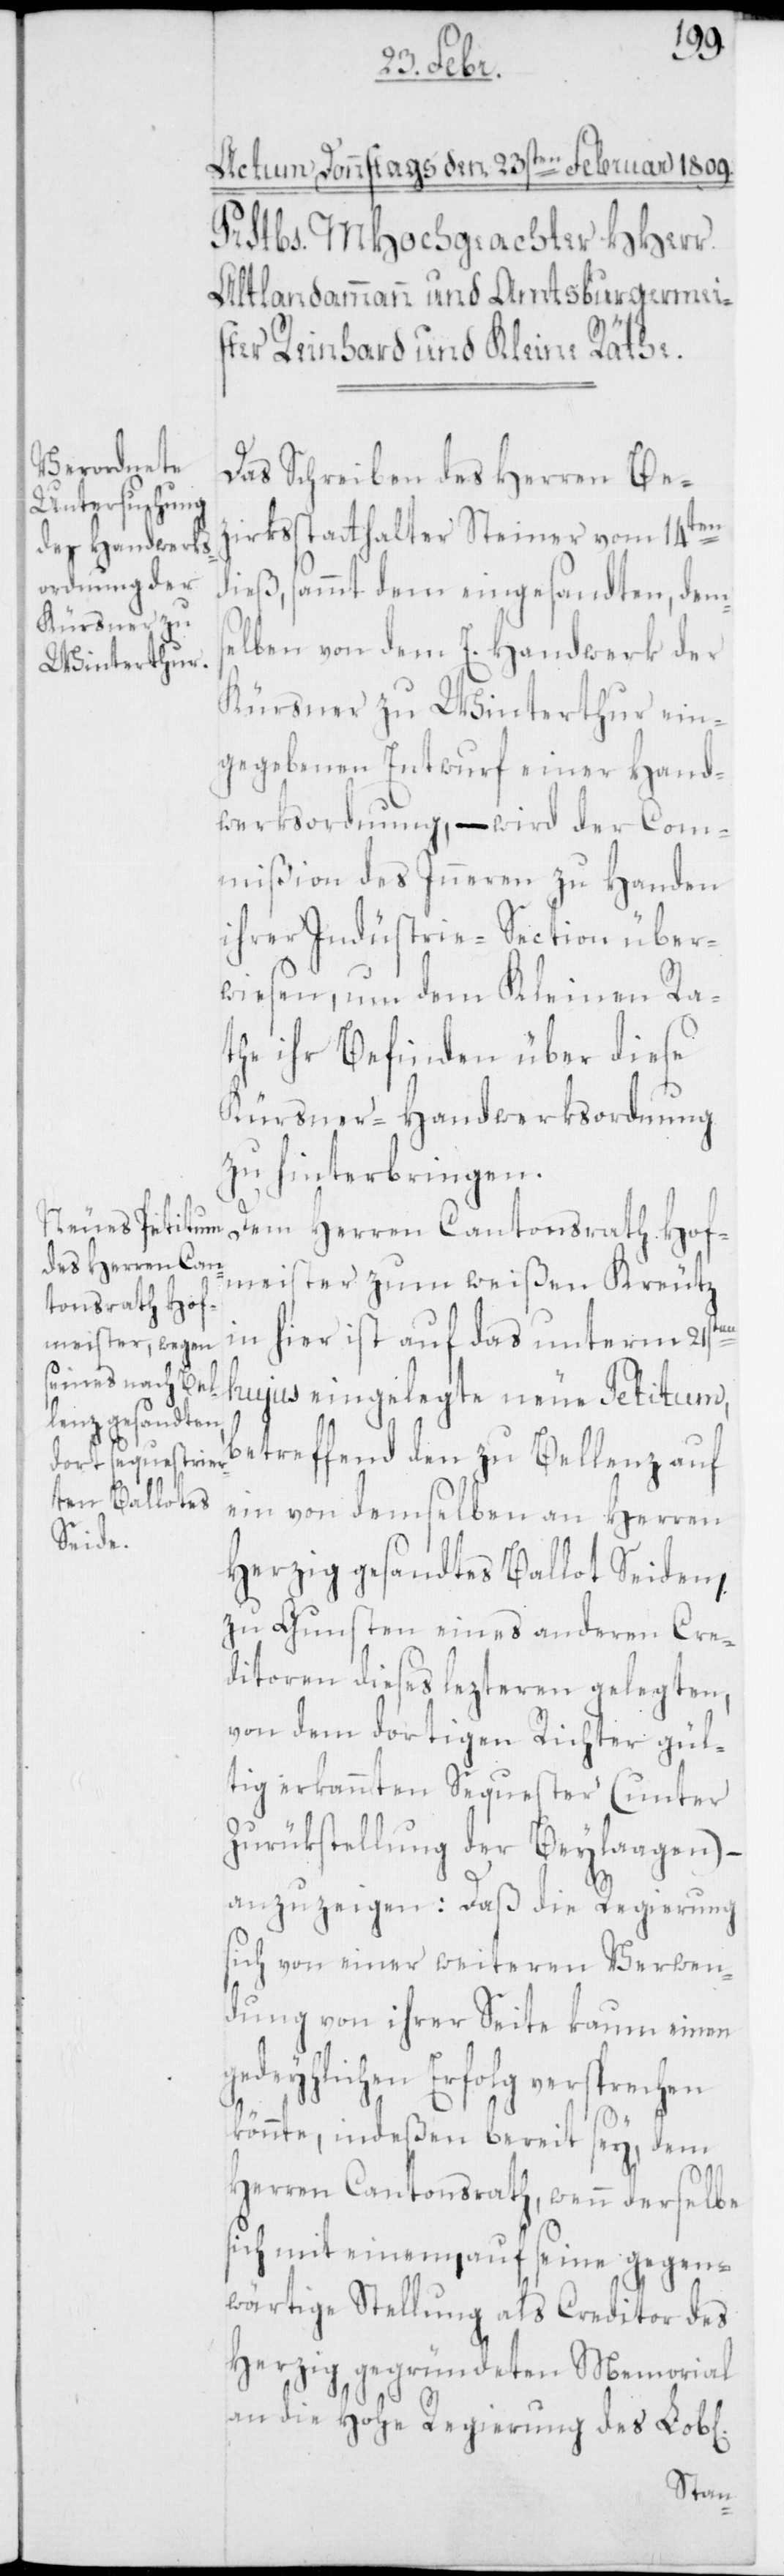
Das Schreiben des Herren Bez¬
irksstatthalter Steiner vom 14ten
dieß, sammt dem eingesandten, dems¬
elben von dem E. Handwerk der
Kürsner zu Winterthur ein¬
gegebenen Entwurf einer Hand¬
werksordnung, – wird der Com¬
mißion des Inneren zu Handen
ihrer Industrie-Section über¬
wiesen, um den Kleinen Ra¬
the ihr Befinden über diese
Kürsner-Handwerksordnung
zu hinterbringen.
Dem Herren Cantonsrath Hof¬
meister zum weissen Kreuz
in hier, ist auf das unterm 21sten
hujus eingelegte neue Petitum,
betreffend den zu Bellenz auf
ein von demselben an Herren
Herzig gesandtes Ballot Seiden,
zu Gunsten eines anderen Cre¬
ditoren dieses lezteren gelegten,
von dem dortigen Richter gül¬
tig erkannten Sequester (unter
Zurükstellung der Beylagen)
anzuzeigen: Daß die Regierung
sich von einer weiteren Verwen¬
dung von ihrer Seite kaum einen
gedeyhlichen Erfolg versprechen
könnte, indeßen bereit sey, dem
Herren Cantonsrath, wenn derselbe
sich mit einem, auf seine gegen¬
wärtige Stellung als Creditor des
Herzig gegründeten Memorial
an die hohe Regierung des Lobl.